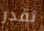
تقدر